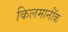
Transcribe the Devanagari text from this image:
किलमार्नॉक